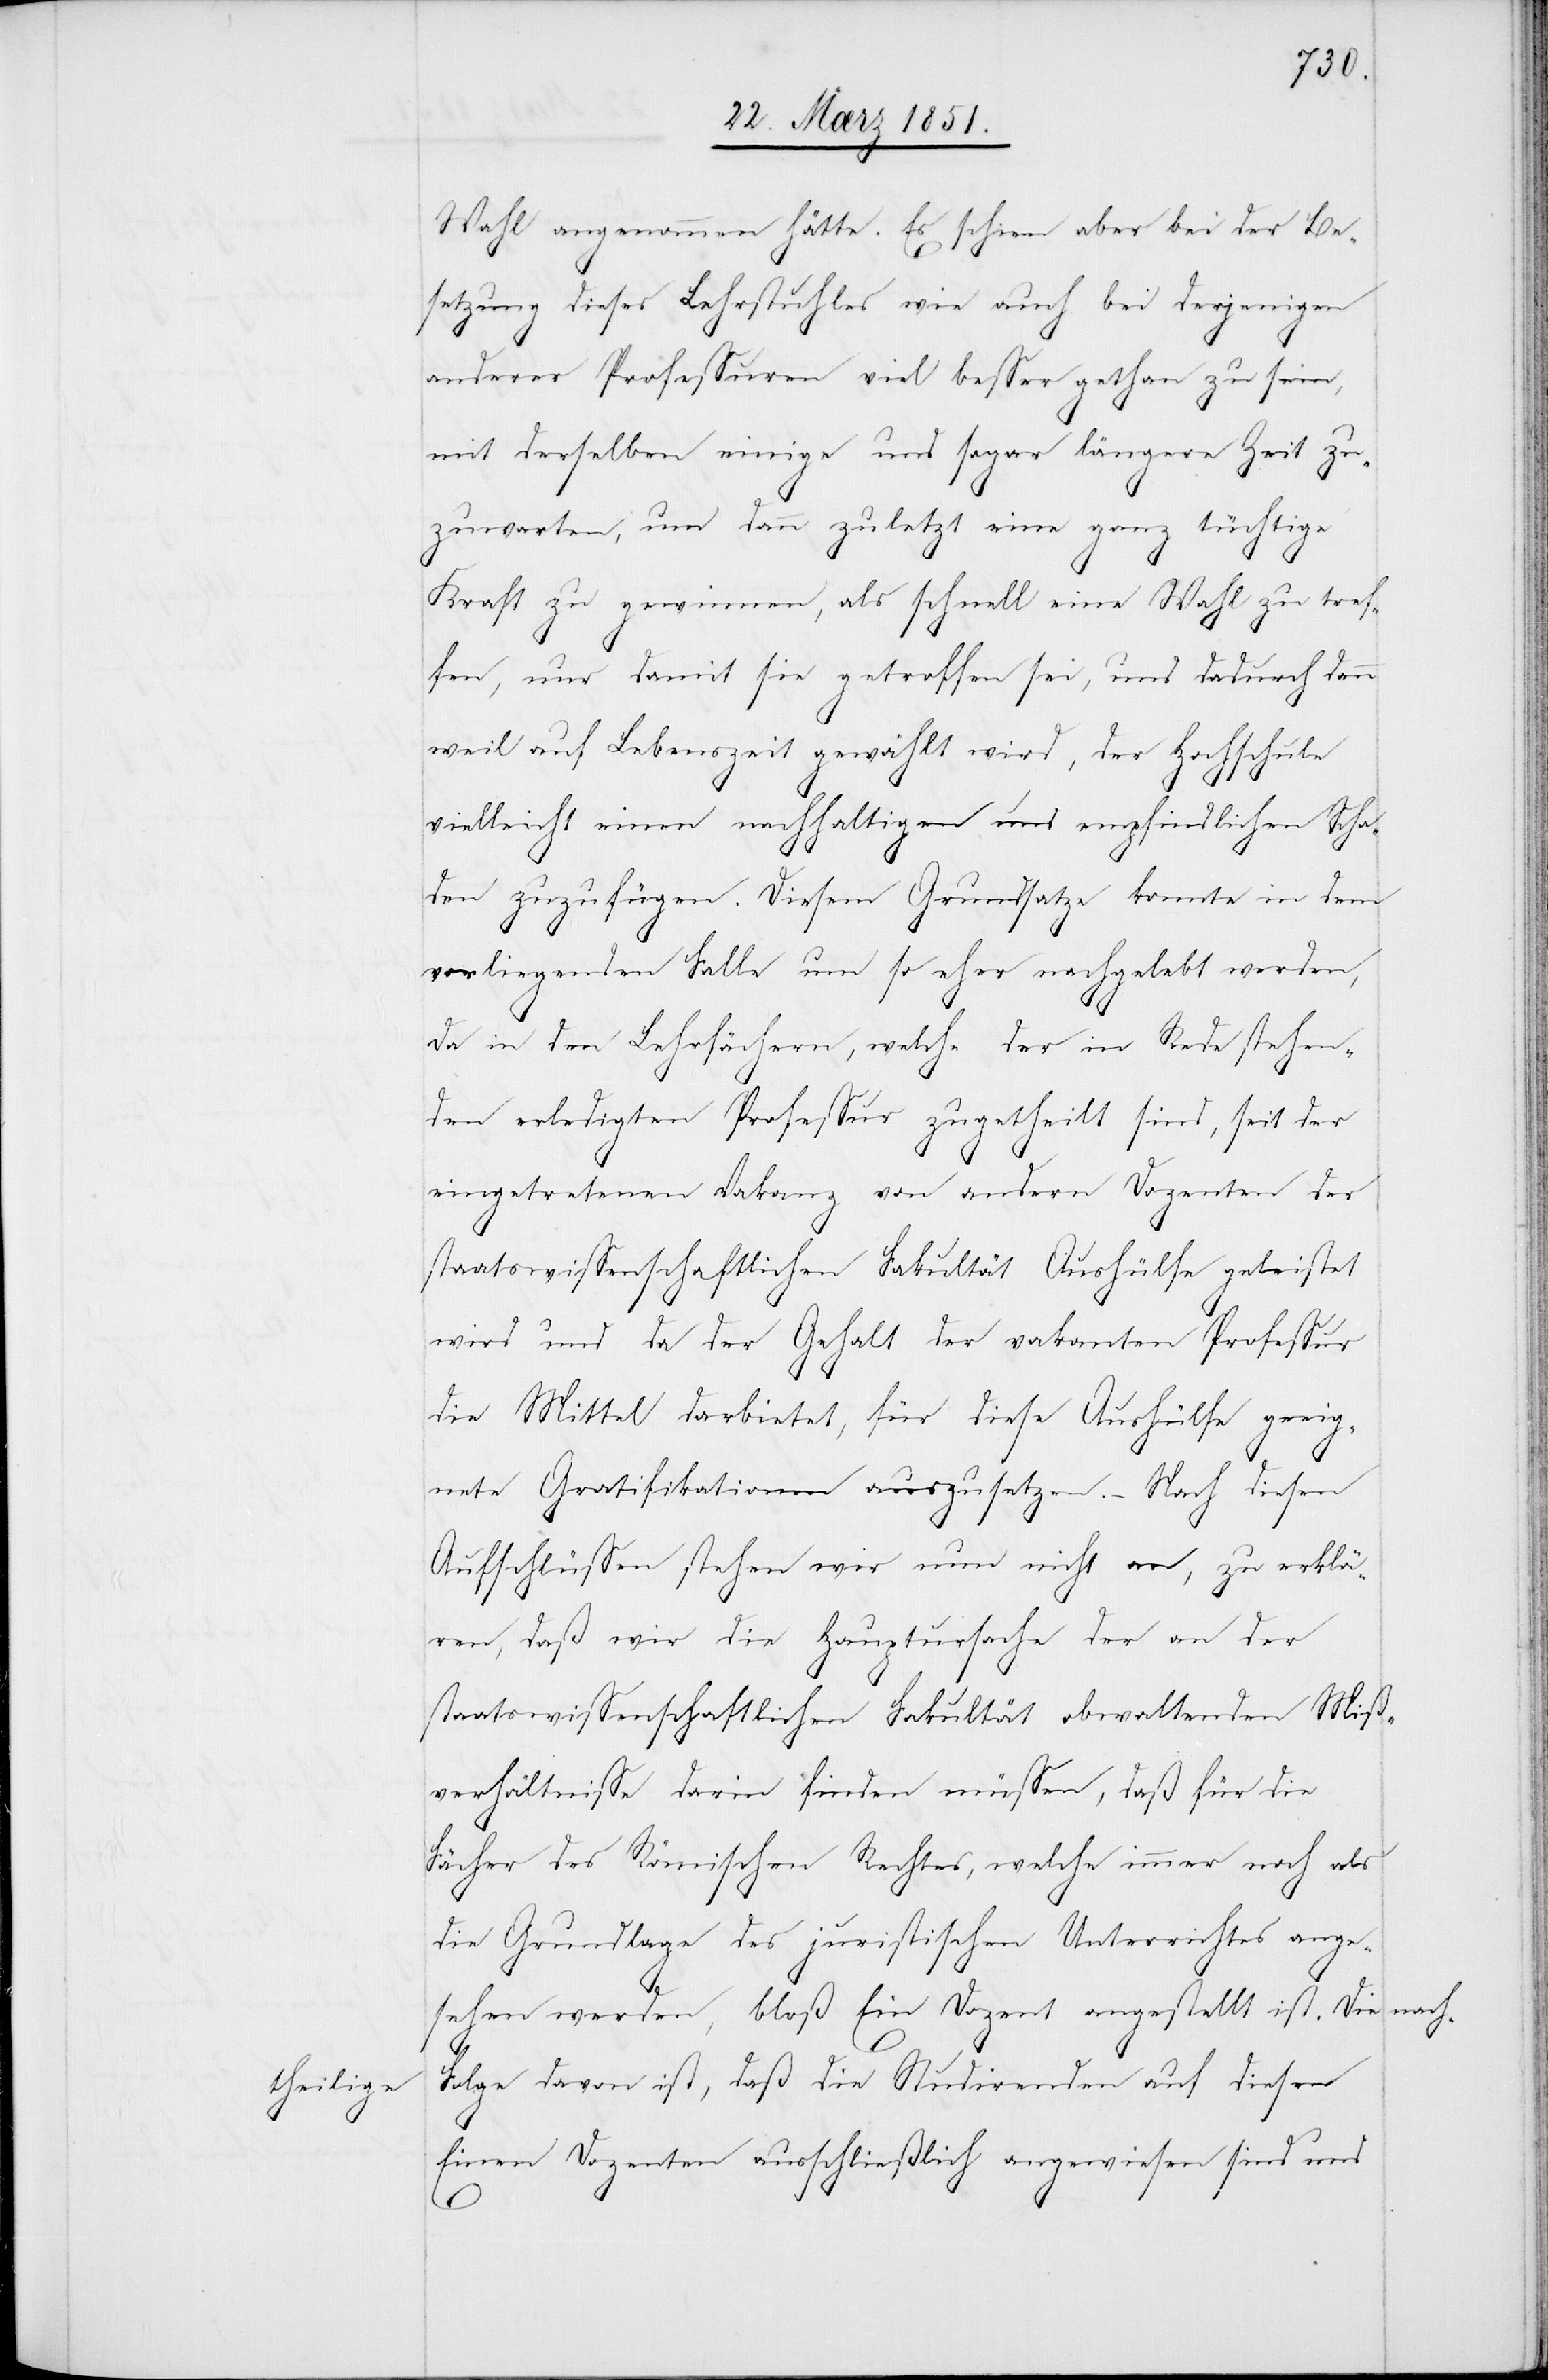
theilige

Wahl angenommen hätte. Es schien aber bei der Be¬
setzung dieses Lehrstuhles wie auch bei derjenigen
anderer Professuren viel besser gethan zu sein,
mit derselben einige und sogar längere Zeit zu¬
zuwarten, um dann zuletzt eine ganz tüchtige
Kraft zu gewinnen, als schnell eine Wahl zu tref¬
fen, nur damit sie getroffen sei, und dadurch dann
weil auf Lebenszeit gewählt wird, der Hochschule
vielleicht einen nachhaltigen und empfindlichen Scha¬
den zuzufügen. Diesem Grundsatze konnte in dem
vorliegenden Falle um so eher nachgelebt werden,
da in den Lehrfächern, welche der in Rede stehen¬
den erledigten Professur zugetheilt sind, seit der
eingetretenen Vakanz von andern Dozenten der
staatswissenschaftlichen Fakultät Aushülfe geleistet
wird und da der Gehalt der vakanten Professur
die Mittel darbietet, für diese Aushülfe geeig¬
nete Gratifikationen auszusetzen. – Nach diesen
Aufschlüssen stehen wir nun nicht an, zu erklä¬
ren, daß wir die Hauptursache der an der
staatswissenschaftlichen Fakultät obwaltenden Miß¬
verhältnisse darin finden müssen, daß für die
Fächer des Römischen Rechtes, welche immer noch als
die Grundlage des juristischen Unterrichtes ange¬
sehen werden, bloß Ein Dozent angestellt ist. Die
Folge davon ist, daß die Studirenden auf diesen
Einen Dozenten ausschließlich angewiesen sind und

nach¬